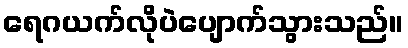
ရေဂယက်လိုပဲပျောက်သွားသည်။